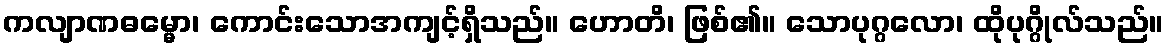
ကလျာဏဓမ္မော၊ ကောင်းသောအကျင့်ရှိသည်။ ဟောတိ၊ ဖြစ်၏။ သောပုဂ္ဂလော၊ ထိုပုဂ္ဂိုလ်သည်။